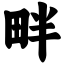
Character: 畔